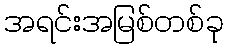
အရင်းအမြစ်တစ်ခု